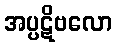
အပ္ပဋိဗလော